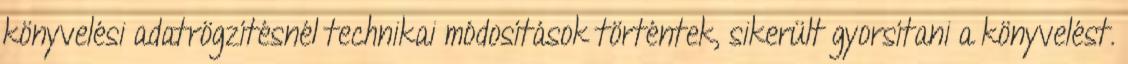
könyvelési adatrögzítésnél technikai módosítások történtek, sikerült gyorsítani a könyvelést.